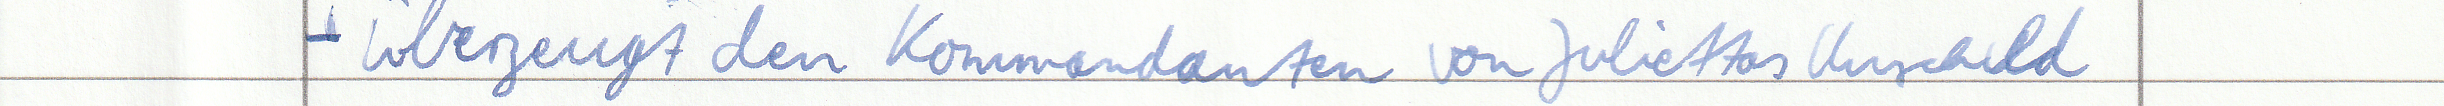
- Überzeugt den Kommandanten von Juliettas Unschuld